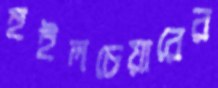
হুইলচেয়ারের